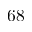
6 8